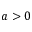
a > 0